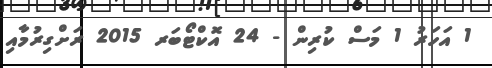
1 އަހަރު 1 މަސް ކުރިން - 24 އޮކްޓޯބަރ 2015 ރަށްގިރުމާއި